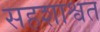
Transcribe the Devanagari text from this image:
सहशाश्वत